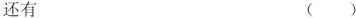
还有 ( )